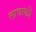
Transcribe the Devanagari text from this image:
लावाकी